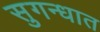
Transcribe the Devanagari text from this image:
सुगन्धात